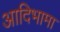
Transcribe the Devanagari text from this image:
आदिभामा